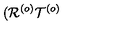
( \mathcal { R } ^ { \left( o \right) } \mathcal { T } ^ { \left( o \right) }